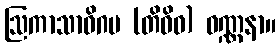
ဩကာသာဓိဂမ (တိဝိဓ) ဝဏ္ဏနာ။